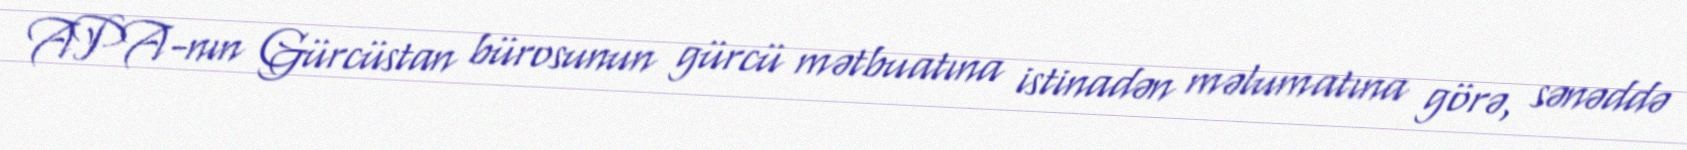
APA-nın Gürcüstan bürosunun gürcü mətbuatına istinadən məlumatına görə, sənəddə